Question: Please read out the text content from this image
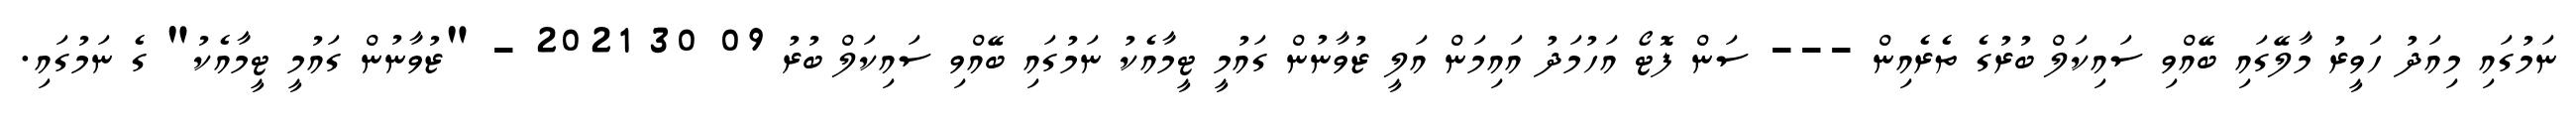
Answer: ނަމުގައި މިއަދު ހަވީރު މާލޭގައި ބޭއްވި ސައިކަލް ބުރުގެ ތެރެއިން --- ސަން ފޮޓޯ އަހުމަދު އައިމަން އަލީ ޒުވާނުން ގައުމީ ޓީމާއެކު ނަމުގައި ބޭއްވި ސައިކަލް ބުރު 09 30 2021 - "ޒުވާނުން ގައުމީ ޓީމާއެކު" ގެ ނަމުގައި.